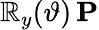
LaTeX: \mathbb{R}_{y}(\vartheta)\, \mathbf{{P}}